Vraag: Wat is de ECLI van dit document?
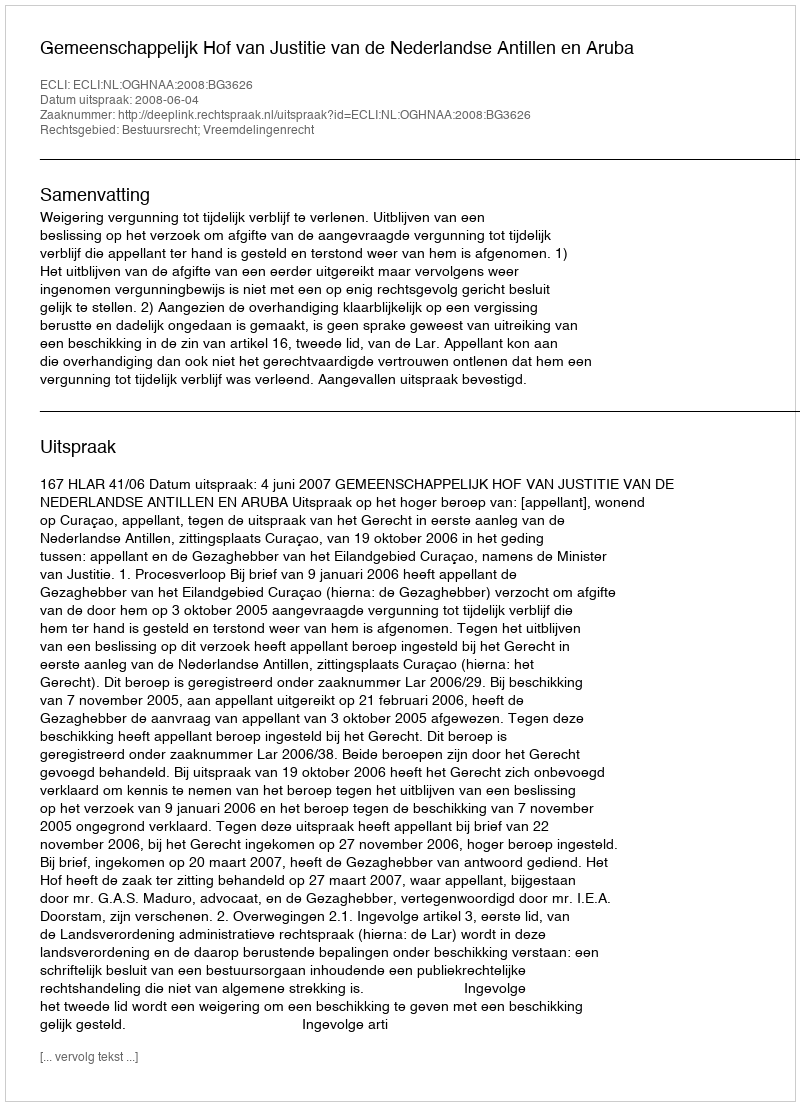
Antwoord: ECLI:NL:OGHNAA:2008:BG3626